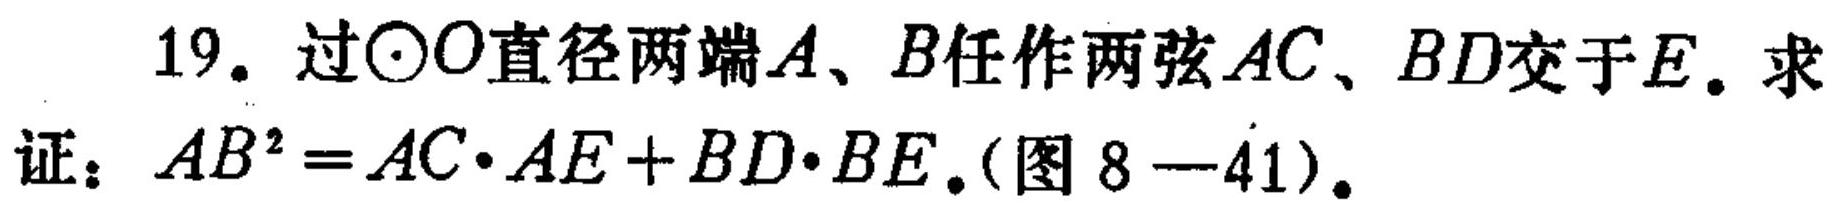
19. 过\(\odot O\)直径两端\(A、B\)任作两弦\(AC、BD\)交于\(E\). 求证：\(AB^{2}=AC\cdot AE + BD\cdot BE\).(图8—41).